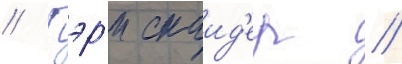
// Гэр'и снаид'ер //